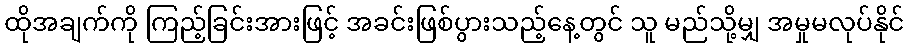
ထိုအချက်ကို ကြည့်ခြင်းအားဖြင့် အခင်းဖြစ်ပွားသည့်နေ့တွင် သူ မည်သို့မျှ အမှုမလုပ်နိုင်